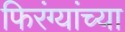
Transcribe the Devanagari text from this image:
फिरंग्यांच्या